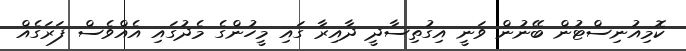
ކޮމިއުނިސްޓުން ބޭނުން ވަނީ އިގުތިސާދީ ދާއިރާ ގައި މީހުންގެ މެދުގައި އެއްވެސް ފަރަގެއް